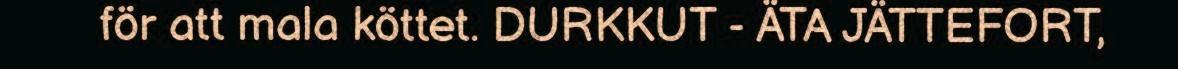
för att mala köttet. DURKKUT - ÄTA JÄTTEFORT,